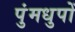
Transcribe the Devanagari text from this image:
पुंमधुपों